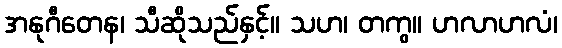
အနုဂီတေန၊ သီဆိုသည်နှင့်။ သဟ၊ တကွ။ ဟလာဟလံ၊